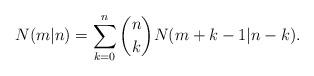
LaTeX: \begin{align*}N(m|n)=\sum_{k=0}^n {n \choose k}N(m+k-1|n-k).\end{align*}